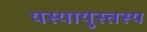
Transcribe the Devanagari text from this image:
यस्यायुस्तस्य